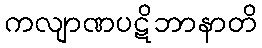
ကလျာဏပဋိဘာနာတိ